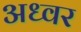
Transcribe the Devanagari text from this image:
अध्वर